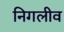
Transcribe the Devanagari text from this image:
निगलीव